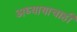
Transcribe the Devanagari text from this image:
अध्यायाचाही